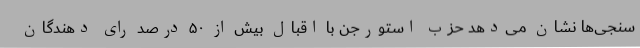
سنجی‌ها نشان می‌دهد حزب استورجن با اقبال بیش از ۵۰ درصد رای دهندگان